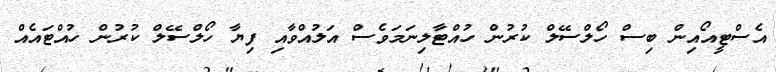
އެސްޓީއޯއިން ބިސް ހޯލްސޭލް ކުރުން ހުއްޓާލިނަމަވެސް އަލުއްވާއި ފިޔާ ހޯލްސޭލް ކުރުން ހުއްޓައެއް